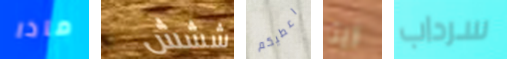
ماذا ششش اعطيكم زيتا سرداب